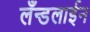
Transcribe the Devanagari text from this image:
लँन्डलाईन